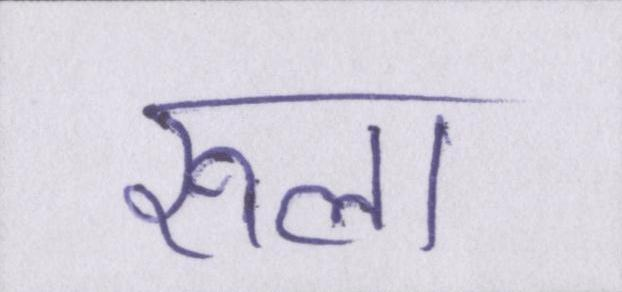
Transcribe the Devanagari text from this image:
रूला